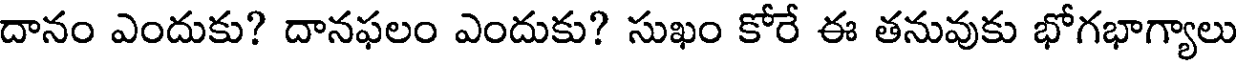
దానం ఎందుకు? దానఫలం ఎందుకు? సుఖం కోరే ఈ తనువుకు భోగభాగ్యాలు